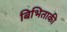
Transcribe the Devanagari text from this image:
बिभिताकी